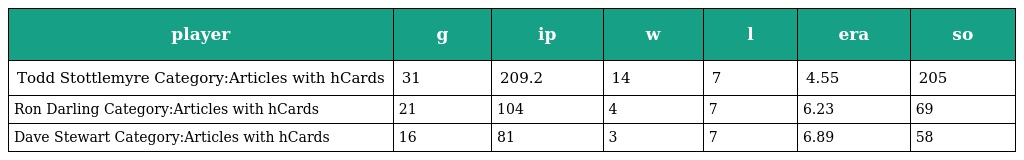
| player | g | ip | w | l | era | so |
 | --- | --- | --- | --- | --- | --- | --- |
 | Todd Stottlemyre Category:Articles with hCards | 31 | 209.2 | 14 | 7 | 4.55 | 205 |
 | Ron Darling Category:Articles with hCards | 21 | 104 | 4 | 7 | 6.23 | 69 |
 | Dave Stewart Category:Articles with hCards | 16 | 81 | 3 | 7 | 6.89 | 58 |